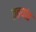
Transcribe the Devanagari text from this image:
तत्यांत